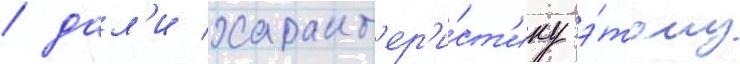
/ дал'и характ'ер'и́ст'ику э́тому